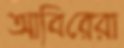
আবিরেরা